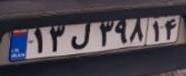
۱۳ل۳۹۸۱۴